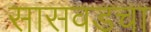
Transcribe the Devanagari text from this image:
सासवडचा